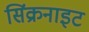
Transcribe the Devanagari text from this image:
सिंक्रनाइट